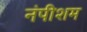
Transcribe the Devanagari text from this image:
नंपीशम